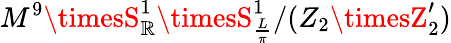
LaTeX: M^{9}\timesS_{\mathbb{R}}^{1}\timesS_{\frac{{L}}{{\pi}}}^{1}/(Z_{2}\timesZ_{2}^{\prime})